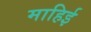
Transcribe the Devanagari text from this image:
माहिई